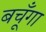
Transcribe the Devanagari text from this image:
बचूँगा